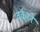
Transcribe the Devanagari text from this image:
वर्करने